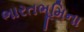
ભારતભૂમિના